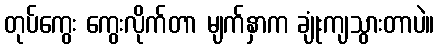
တုပ်ကွေး ကွေးလိုက်တာ မျက်နှာက ချုံးကျသွားတာပဲ။